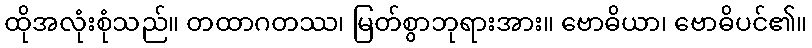
ထိုအလုံးစုံသည်။ တထာဂတဿ၊ မြတ်စွာဘုရားအား။ ဗောဓိယာ၊ ဗောဓိပင်၏။